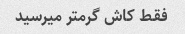
فقط کاش گرمتر میرسید